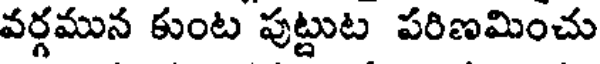
వర్గమున కుంట పుట్టుట పరిణమించు